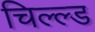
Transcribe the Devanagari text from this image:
चिल्ल्ड